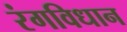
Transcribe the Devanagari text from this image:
रंगविधान